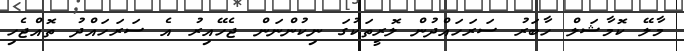
މާލޭ ކޮމާޝަލް ހާބަރު ސަރަހައްދުން ލޮރީތަކުގަ ނިކުންނަން ޖެހޭއިރު އެ ސަރަހައްދު ތޮއްޖެހި